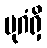
ပုဂံရှိ